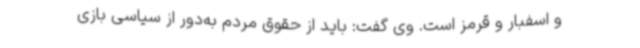
و اسفبار و قرمز است. وی گفت: باید از حقوق مردم به‌دور از سیاسی بازی